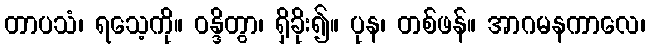
တာပသံ၊ ရသေ့ကို။ ဝန္ဒိတွာ၊ ရှိခိုး၍။ ပုန၊ တစ်ဖန်။ အာဂမနကာလေ၊